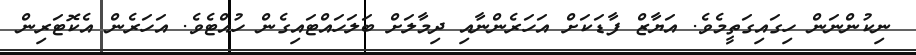
ނިކުންނަން ހިގައިގަތީމެވެ. އަޔާޒް ފާޑަކަށް އަހަރެންނާއި ދިމާލަށް ބަލަހައްޓައިގެން ހުއްޓެވެ. އަހަރެން އެކޮޓަރިން